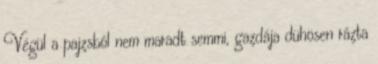
Végül a pajzsból nem maradt semmi, gazdája dühösen rázta